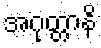
အဂုတ္တာနိ